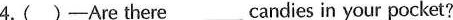
4.( )-Are there___candies in your pocket?